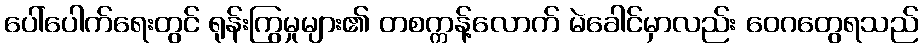
ပေါ်ပေါက်ရေးတွင် ရုန်းကြွမှုများ၏ တစက္ကန့်လောက် မဲခေါင်မှာလည်း ဝေဂတွေရသည်